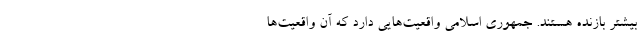
بیشتر بازنده هستند. جمهوری اسلامی واقعیت‌هایی دارد که آن واقعیت‌ها